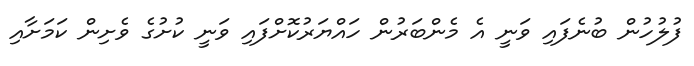
ފުލުހުން ބުނެފައި ވަނީ އެ މެންބަރުން ހައްޔަރުކޮށްފައި ވަނީ ކުށުގެ ވެށިން ކަމަށާއި